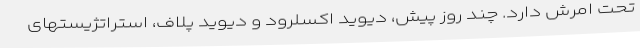
تحت امرش دارد. چند روز پیش، دیوید اکسلرود و دیوید پلاف، استراتژیستهای